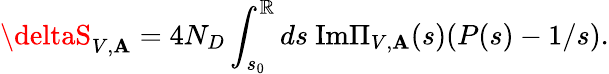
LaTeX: \deltaS_{V,\mathbf{A}}=4N_{D}\int_{s_{0}}^{\mathbb{R}}ds~\mathrm{{Im}}\Pi_{V,\mathbf{A}}(s)(P(s)-1/s).